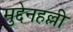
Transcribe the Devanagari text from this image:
मुद्देनहल्ली